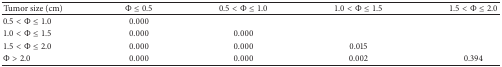
<table><thead><tr><td><b>Tumor size (cm)</b></td><td><b>Φ ≤ 0.5</b></td><td><b>0.5 &lt; Φ ≤ 1.0</b></td><td><b>1.0 &lt; Φ ≤ 1.5</b></td><td><b>1.5 &lt; Φ ≤ 2.0</b></td></tr></thead><tbody><tr><td>0.5 &lt; Φ ≤ 1.0</td><td>0.000</td><td> </td><td> </td><td> </td></tr><tr><td>1.0 &lt; Φ ≤ 1.5</td><td>0.000</td><td>0.000</td><td> </td><td> </td></tr><tr><td>1.5 &lt; Φ ≤ 2.0</td><td>0.000</td><td>0.000</td><td>0.015</td><td> </td></tr><tr><td>Φ &gt; 2.0</td><td>0.000</td><td>0.000</td><td>0.002</td><td>0.394</td></tr></tbody></table>